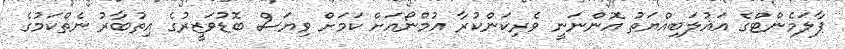
ޕާލަމެންޓްގެ އަޣުލަބިއްޔަތު އޮންނަނީ ވެރިކަންކުރާ އުމްނޯއަށް ކަމަށް ވިޔަސް ބޮޑުވަޒީރުގެ އިތުބާރު ނެތްކަމުގެ